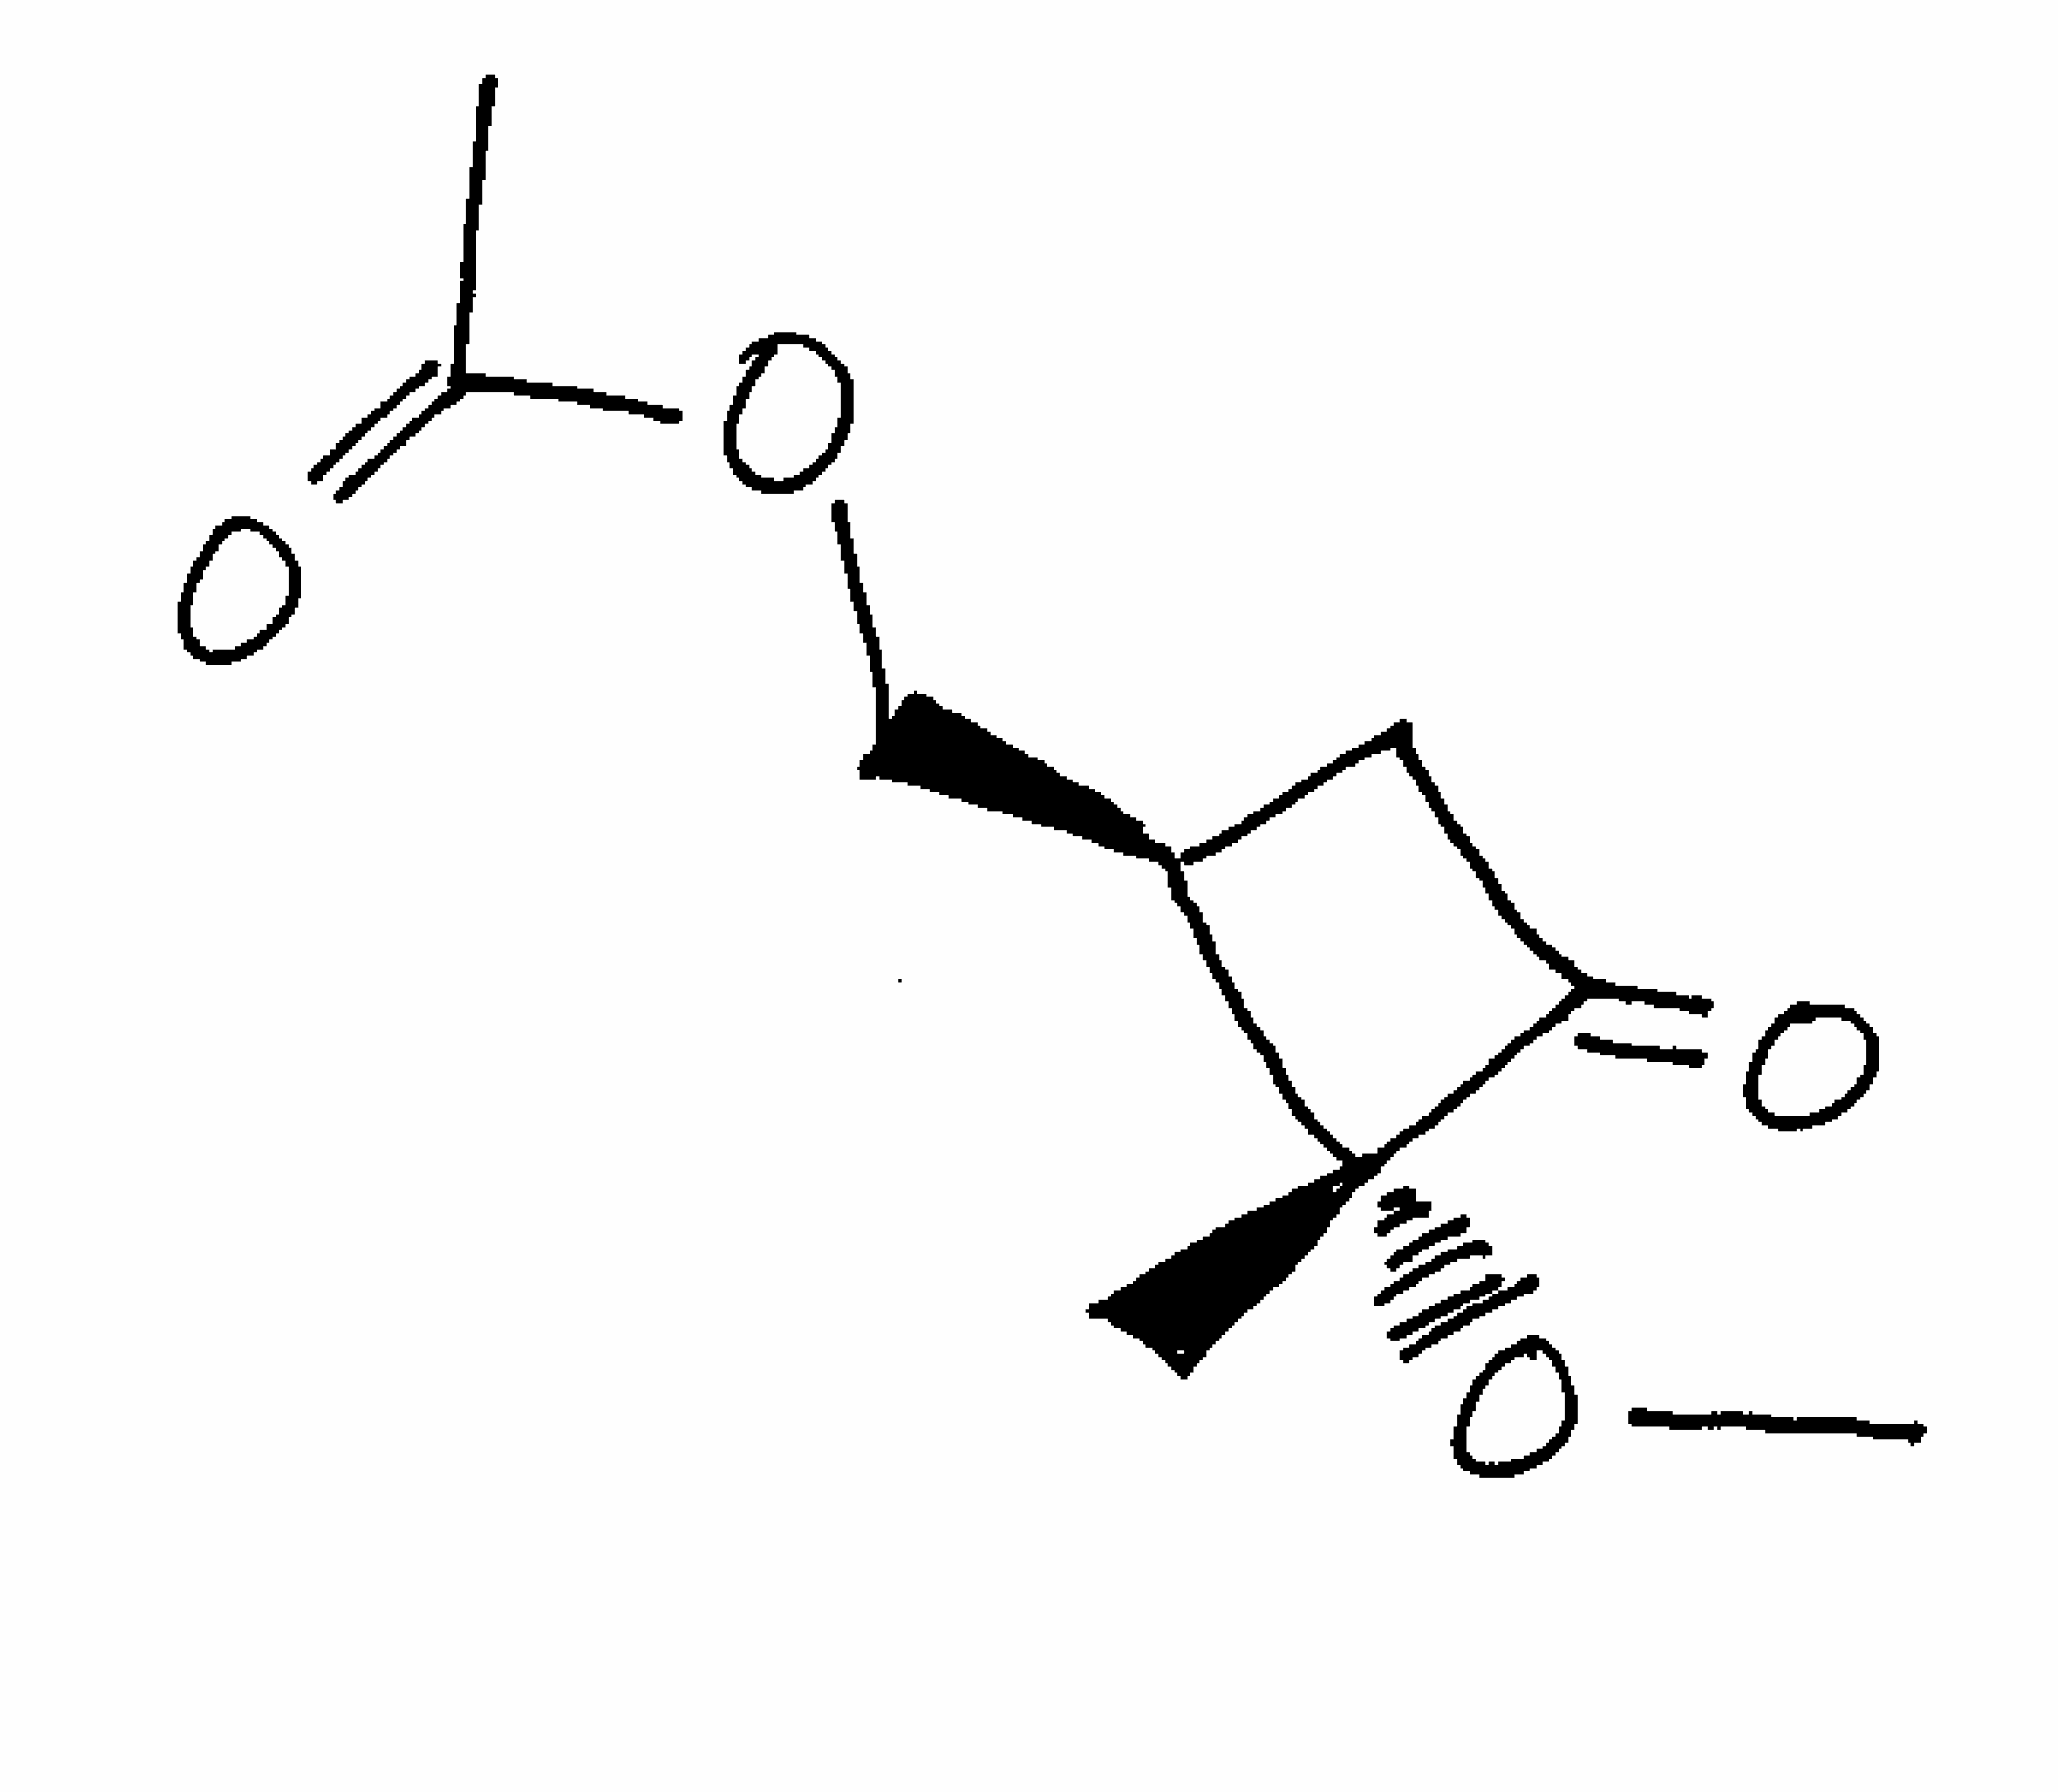
Simplified molecular-input line-entry system (SMILES) notation of the given molecule:
CC(=O)OC[C@H]1CC(=O)[C@]1(C)OC